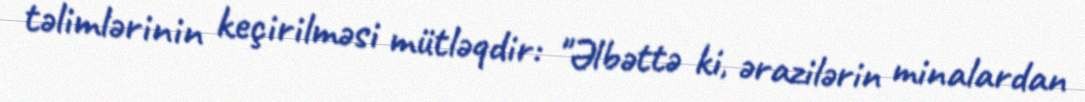
təlimlərinin keçirilməsi mütləqdir: "Əlbəttə ki, ərazilərin minalardan